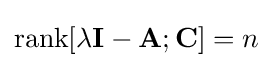
\operatorname {rank} [\lambda \mathbf {I} -\mathbf {A} ;\mathbf {C} ]=n